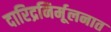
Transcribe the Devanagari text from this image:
दारिद्रनिर्मूलनात